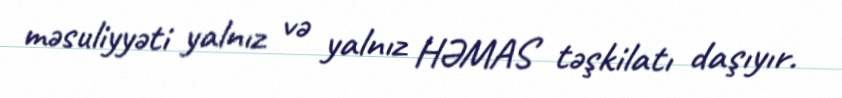
məsuliyyəti yalnız və yalnız HƏMAS təşkilatı daşıyır.